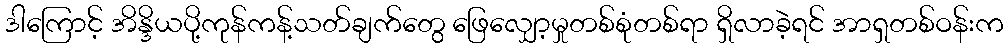
ဒါကြောင့် အိန္ဒိယပို့ကုန်ကန့်သတ်ချက်တွေ ဖြေလျှော့မှုတစ်စုံတစ်ရာ ရှိလာခဲ့ရင် အာရှတစ်ဝန်းက